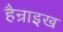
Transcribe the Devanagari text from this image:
हैन्राइख